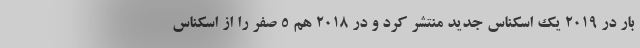
بار در 2019 یک اسکناس جدید منتشر کرد و در 2018 هم 5 صفر را از اسکناس